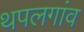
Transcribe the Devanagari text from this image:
थपलगांव